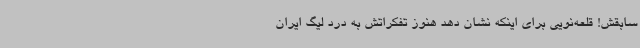
سابقش! قلعه‌نویی برای اینکه نشان دهد هنوز تفکراتش به درد لیگ ایران